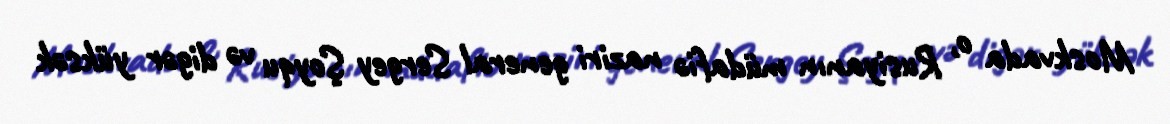
Moskvada o, Rusiyanın müdafiə naziri general Sergey Şoyqu və digər yüksək